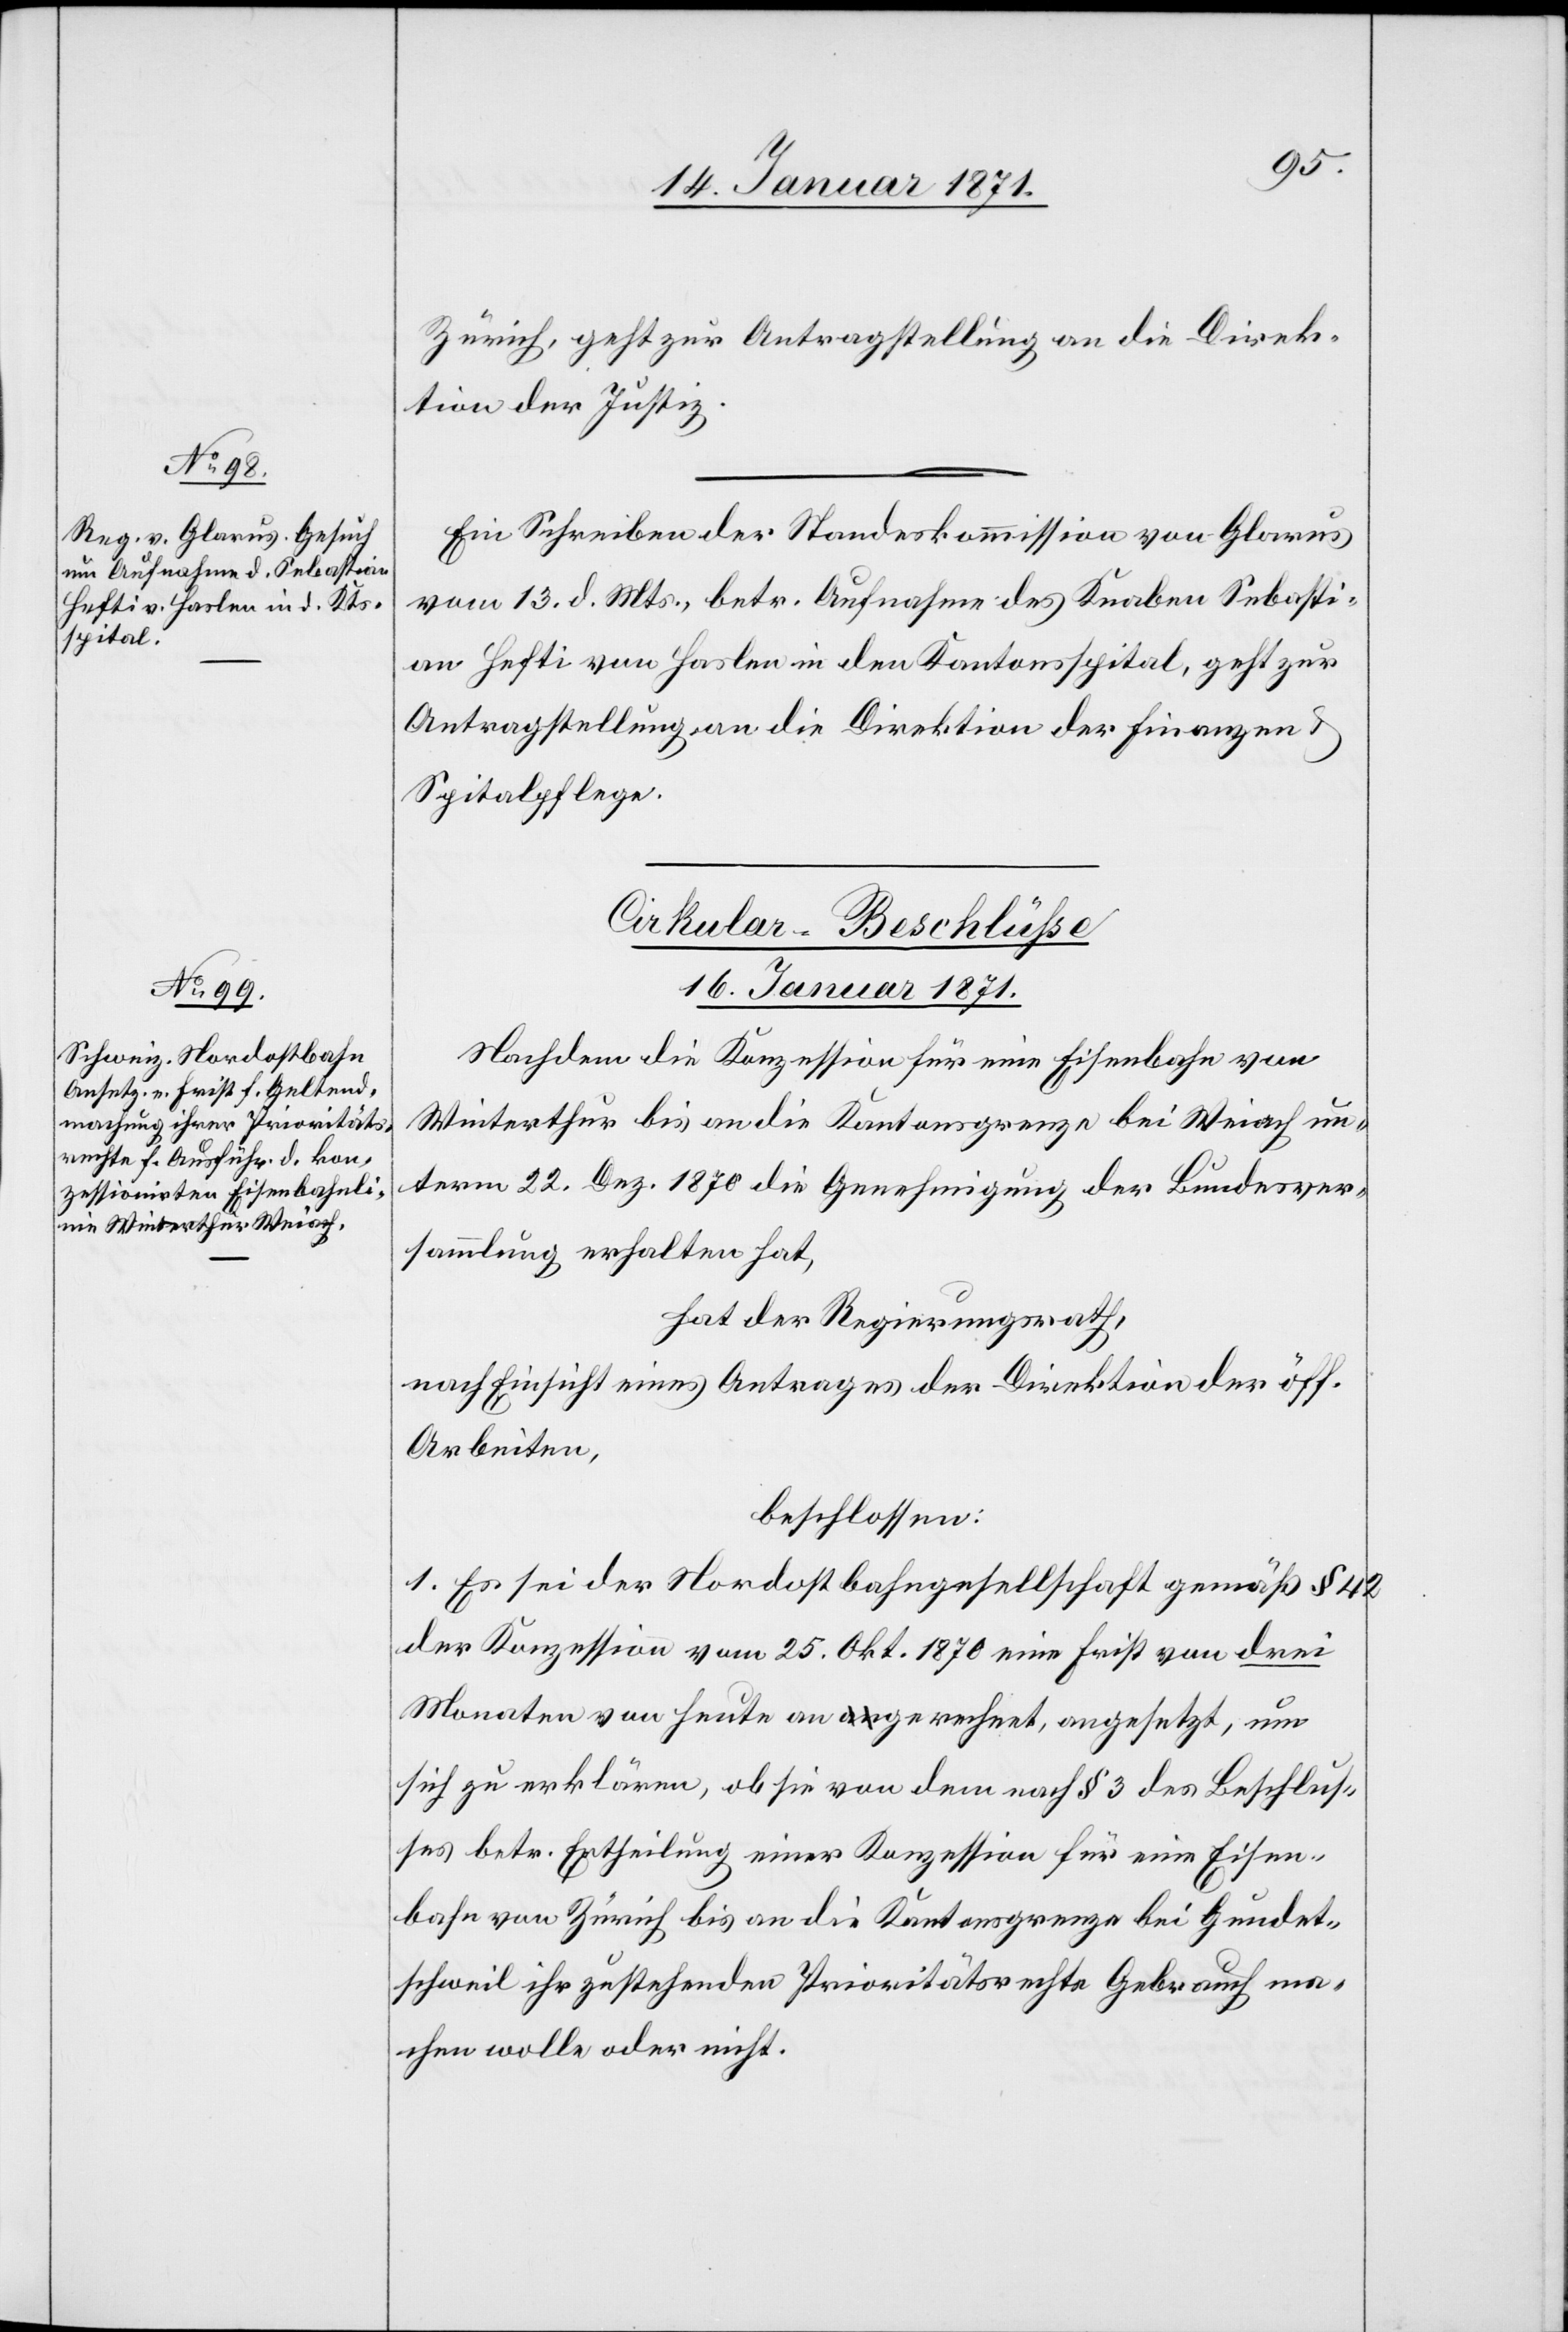
Zürich, geht zur Antragstellung an die Direk¬
tion der Justiz.
Ein Schreiben der Standeskommission von Glarus
vom 13. d. Mts., betr. Aufnahme des Knaben Sebasti¬
an Hefti von Haslen in den Kantonsspital, geht zur
Antragstellung an die Direktion der Finanzen u.
Spitalpflege.
Cirkular-Beschlüße
16. Januar 1871
Nachdem die Konzession für eine Eisenbahn von
Winterthur bis an die Kantonsgrenze bei Weiach un¬
term 22. Dez. 1870 die Genehmigung der Bundesver¬
sammlung erhalten hat,
hat der Regierungsrath,
nach Einsicht eines Antrages der Direktion der öff.
Arbeiten,
beschlossen:
1. Es sei der Nordostbahngesellschaft gemäß § 42
der Konzession vom 25. Okt. 1870 eine Frist von drei
Monaten von heute an gerechnet, angesetzt, um
sich zu erklären, ob sie von dem nach § 3 des Beschlus¬
ses betr. Ertheilung einer Konzession für eine Eisen¬
bahn von Zürich bis an die Kantonsgrenze bei Gundet¬
schweil ihr zustehenden Prioritätsrechte Gebrauch ma¬
chen wolle oder nicht.